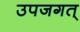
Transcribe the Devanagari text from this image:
उपजगत्